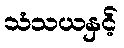
သံသယနှင့်